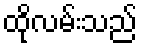
ထိုလမ်းသည်